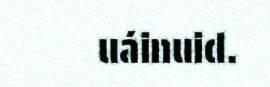
uáinuid.